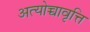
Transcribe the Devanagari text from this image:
अत्योच्चावृत्ति